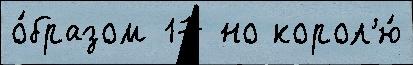
о́бразом 17 но корол'ю́